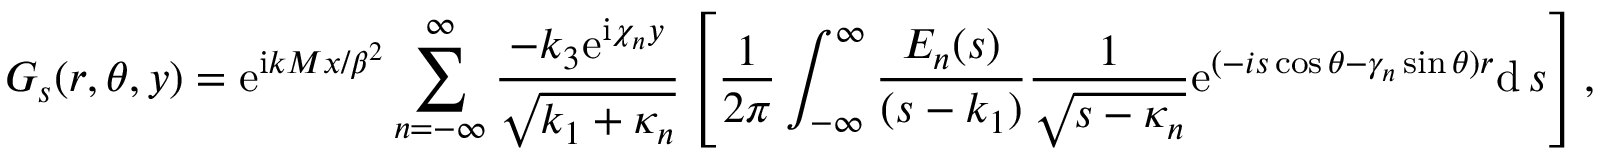
G _ { s } ( r , \theta , y ) = \mathrm { e } ^ { \mathrm { i } k M x / \beta ^ { 2 } } \sum _ { n = - \infty } ^ { \infty } \frac { - k _ { 3 } \mathrm { e } ^ { \mathrm { i } \chi _ { n } y } } { \sqrt { k _ { 1 } + \kappa _ { n } } } \left[ \frac { 1 } { 2 \pi } \int _ { - \infty } ^ { \infty } \frac { E _ { n } ( s ) } { ( s - k _ { 1 } ) } \frac { 1 } { \sqrt { s - \kappa _ { n } } } \mathrm { e } ^ { ( - i s \cos \theta - \gamma _ { n } \sin \theta ) r } \mathrm { d } \, s \right] ,